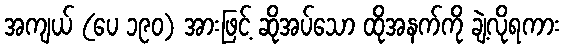
အကျယ် (ပေ ၁၉၀) အားဖြင့် ဆိုအပ်သော ထိုအနက်ကို ချဲ့လိုရကား